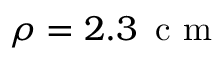
\rho = 2 . 3 \, \mathrm { ~ c ~ m ~ }